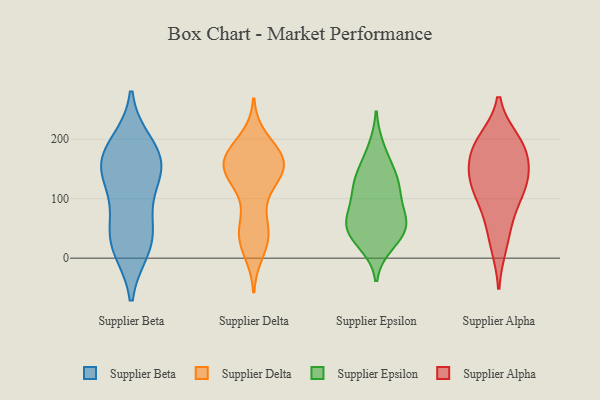
{"axis": {"x": "Revenue (USD Million)", "y": "Value"}, "legend": ["Supplier Alpha", "Supplier Beta", "Supplier Delta", "Supplier Epsilon"], "data": [{"x": "", "y": 142, "type": "Supplier Beta"}, {"x": "", "y": 162, "type": "Supplier Beta"}, {"x": "", "y": 35, "type": "Supplier Beta"}, {"x": "", "y": 125, "type": "Supplier Beta"}, {"x": "", "y": 18, "type": "Supplier Beta"}, {"x": "", "y": 158, "type": "Supplier Beta"}, {"x": "", "y": 26, "type": "Supplier Beta"}, {"x": "", "y": 174, "type": "Supplier Beta"}, {"x": "", "y": 191, "type": "Supplier Beta"}, {"x": "", "y": 67, "type": "Supplier Beta"}, {"x": "", "y": 148, "type": "Supplier Delta"}, {"x": "", "y": 13, "type": "Supplier Delta"}, {"x": "", "y": 144, "type": "Supplier Delta"}, {"x": "", "y": 165, "type": "Supplier Delta"}, {"x": "", "y": 175, "type": "Supplier Delta"}, {"x": "", "y": 175, "type": "Supplier Delta"}, {"x": "", "y": 136, "type": "Supplier Delta"}, {"x": "", "y": 198, "type": "Supplier Delta"}, {"x": "", "y": 37, "type": "Supplier Delta"}, {"x": "", "y": 37, "type": "Supplier Delta"}, {"x": "", "y": 69, "type": "Supplier Delta"}, {"x": "", "y": 154, "type": "Supplier Delta"}, {"x": "", "y": 165, "type": "Supplier Delta"}, {"x": "", "y": 147, "type": "Supplier Delta"}, {"x": "", "y": 154, "type": "Supplier Delta"}, {"x": "", "y": 44, "type": "Supplier Delta"}, {"x": "", "y": 172, "type": "Supplier Delta"}, {"x": "", "y": 34, "type": "Supplier Delta"}, {"x": "", "y": 118, "type": "Supplier Delta"}, {"x": "", "y": 105, "type": "Supplier Epsilon"}, {"x": "", "y": 24, "type": "Supplier Epsilon"}, {"x": "", "y": 58, "type": "Supplier Epsilon"}, {"x": "", "y": 64, "type": "Supplier Epsilon"}, {"x": "", "y": 58, "type": "Supplier Epsilon"}, {"x": "", "y": 69, "type": "Supplier Epsilon"}, {"x": "", "y": 135, "type": "Supplier Epsilon"}, {"x": "", "y": 151, "type": "Supplier Epsilon"}, {"x": "", "y": 124, "type": "Supplier Epsilon"}, {"x": "", "y": 113, "type": "Supplier Epsilon"}, {"x": "", "y": 42, "type": "Supplier Epsilon"}, {"x": "", "y": 37, "type": "Supplier Epsilon"}, {"x": "", "y": 184, "type": "Supplier Epsilon"}, {"x": "", "y": 129, "type": "Supplier Alpha"}, {"x": "", "y": 178, "type": "Supplier Alpha"}, {"x": "", "y": 60, "type": "Supplier Alpha"}, {"x": "", "y": 97, "type": "Supplier Alpha"}, {"x": "", "y": 143, "type": "Supplier Alpha"}, {"x": "", "y": 192, "type": "Supplier Alpha"}, {"x": "", "y": 117, "type": "Supplier Alpha"}, {"x": "", "y": 184, "type": "Supplier Alpha"}, {"x": "", "y": 197, "type": "Supplier Alpha"}, {"x": "", "y": 135, "type": "Supplier Alpha"}, {"x": "", "y": 22, "type": "Supplier Alpha"}]}